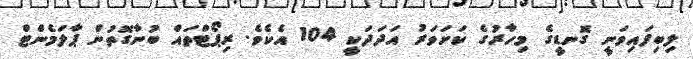
ލިބިފައިވަނީ ގޮނޑީގެ މިހާރުގެ ކަށަވަރު އަދަދަކީ 104 އެކެވެ. ރިޕޯޓްތައް ބުނާގޮތުން ޕާލަމެންޓް